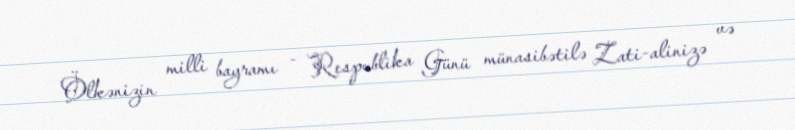
Ölkənizin milli bayramı - Respublika Günü münasibətilə Zati-alinizə və